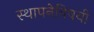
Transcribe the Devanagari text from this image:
स्थापनेविषयी